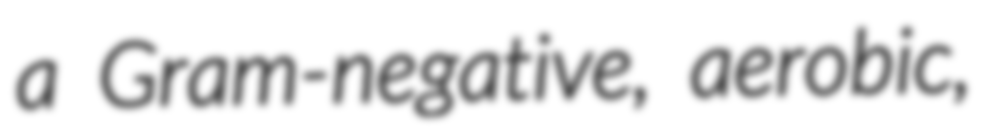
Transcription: a Gram-negative, aerobic,